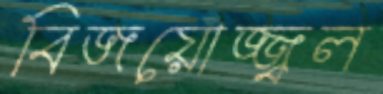
বিজয়োজ্জ্বল